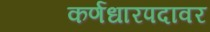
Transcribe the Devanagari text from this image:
कर्णधारपदावर